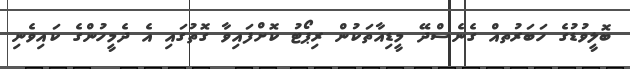
ބޮލީވުޑުގެ ހަބަރުތއް ގެނެސްދޭ މީޑިއާތަކުން ރިޕޯޓު ކޮށްފައިވާ ގޮތުގައި އެ ދެމީހުންގެ ކައިވެނި